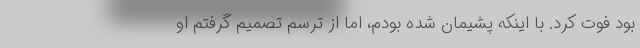
بود فوت کرد. با اینکه پشیمان شده بودم، اما از ترسم تصمیم گرفتم او